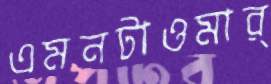
এমনটাওমার্